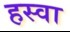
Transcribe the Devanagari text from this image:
हस्वा